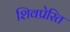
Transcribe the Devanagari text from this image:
शिवप्रेरित